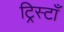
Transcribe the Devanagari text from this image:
ट्रिस्टाँ